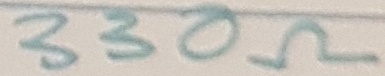
Text: 330Ω